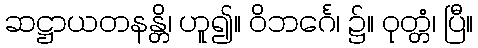
ဆဋ္ဌာယတနန္တိ၊ ဟူ၍။ ဝိဘင်္ဂေ၊ ၌။ ဝုတ္တံ၊ ပြီ။